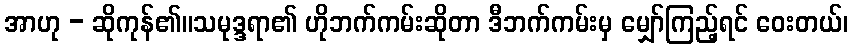
အာဟု - ဆိုကုန်၏။သမုဒ္ဒရာ၏ ဟိုဘက်ကမ်းဆိုတာ ဒီဘက်ကမ်းမှ မျှော်ကြည့်ရင် ဝေးတယ်၊